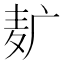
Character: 𱋈